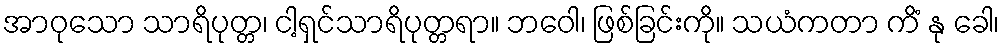
အာဝုသော သာရိပုတ္တ၊ ငါ့ရှင်သာရိပုတ္တရာ။ ဘဝေါ၊ ဖြစ်ခြင်းကို။ သယံကတာ ကိံ နု ခေါ၊